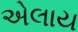
એલાય